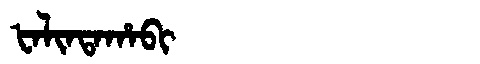
Manchu: ᡶᠠᠯᡳᠨᡨᠠᡥᠠᠪᡳ
Romanization: FALINTAHABI